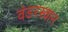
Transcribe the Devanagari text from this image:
वंडरस्वान